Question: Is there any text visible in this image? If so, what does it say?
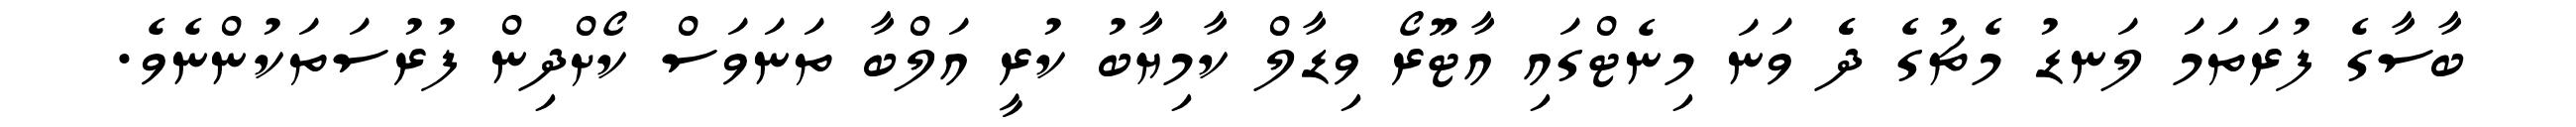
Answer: ބާސާގެ ފުރަތަމަ ލަނޑު މެޗުގެ ދެެ ވަނަ މިނެޓްގައި އާޓޫރޯ ވިޑާލް ކާމިޔާބު ކުރީ އަލްބާ ތަނަވަސް ކޯށްދިން ފުރުސަތަކުންނެވެ.